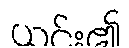
ယင်း၏